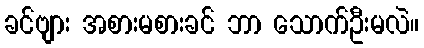
ခင်ဗျား အစားမစားခင် ဘာ သောက်ဦးမလဲ။